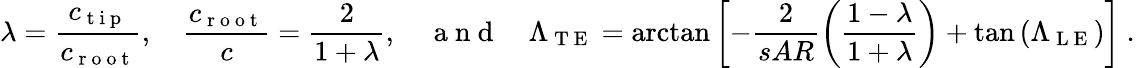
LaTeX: \lambda=\frac{c_{\mathrm{~t~i~p~}}}{c_{\mathrm{~r~o~o~t~}}},\quad\frac{c_{\mathrm{~r~o~o~t~}}}{c}=\frac{2}{1+\lambda},\quad\mathrm{~a~n~d~}\quad\Lambda_{\mathrm{~T~E~}}=\arctan\left[-\frac{2}{sAR}\left(\frac{1-\lambda}{1+\lambda}\right)+\tan{(\Lambda_{\mathrm{~L~E~}})}\right]\mathrm{~.~}